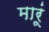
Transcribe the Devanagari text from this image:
मारूं